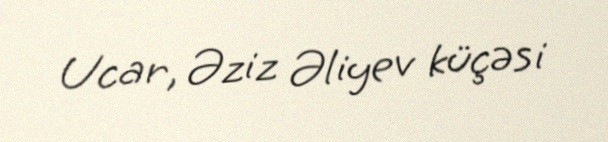
Ucar, Əziz Əliyev küçəsi